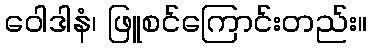
ဝေါဒါနံ၊ ဖြူစင်ကြောင်းတည်း။